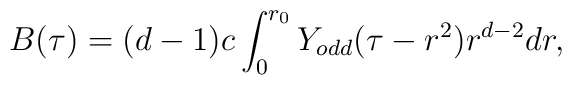
B(\tau)=(d-1)c\int_{0}^{r_0}Y_{odd}(\tau-r^2)r^{d-2}dr,